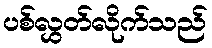
ပစ်လွှတ်လိုက်သည်